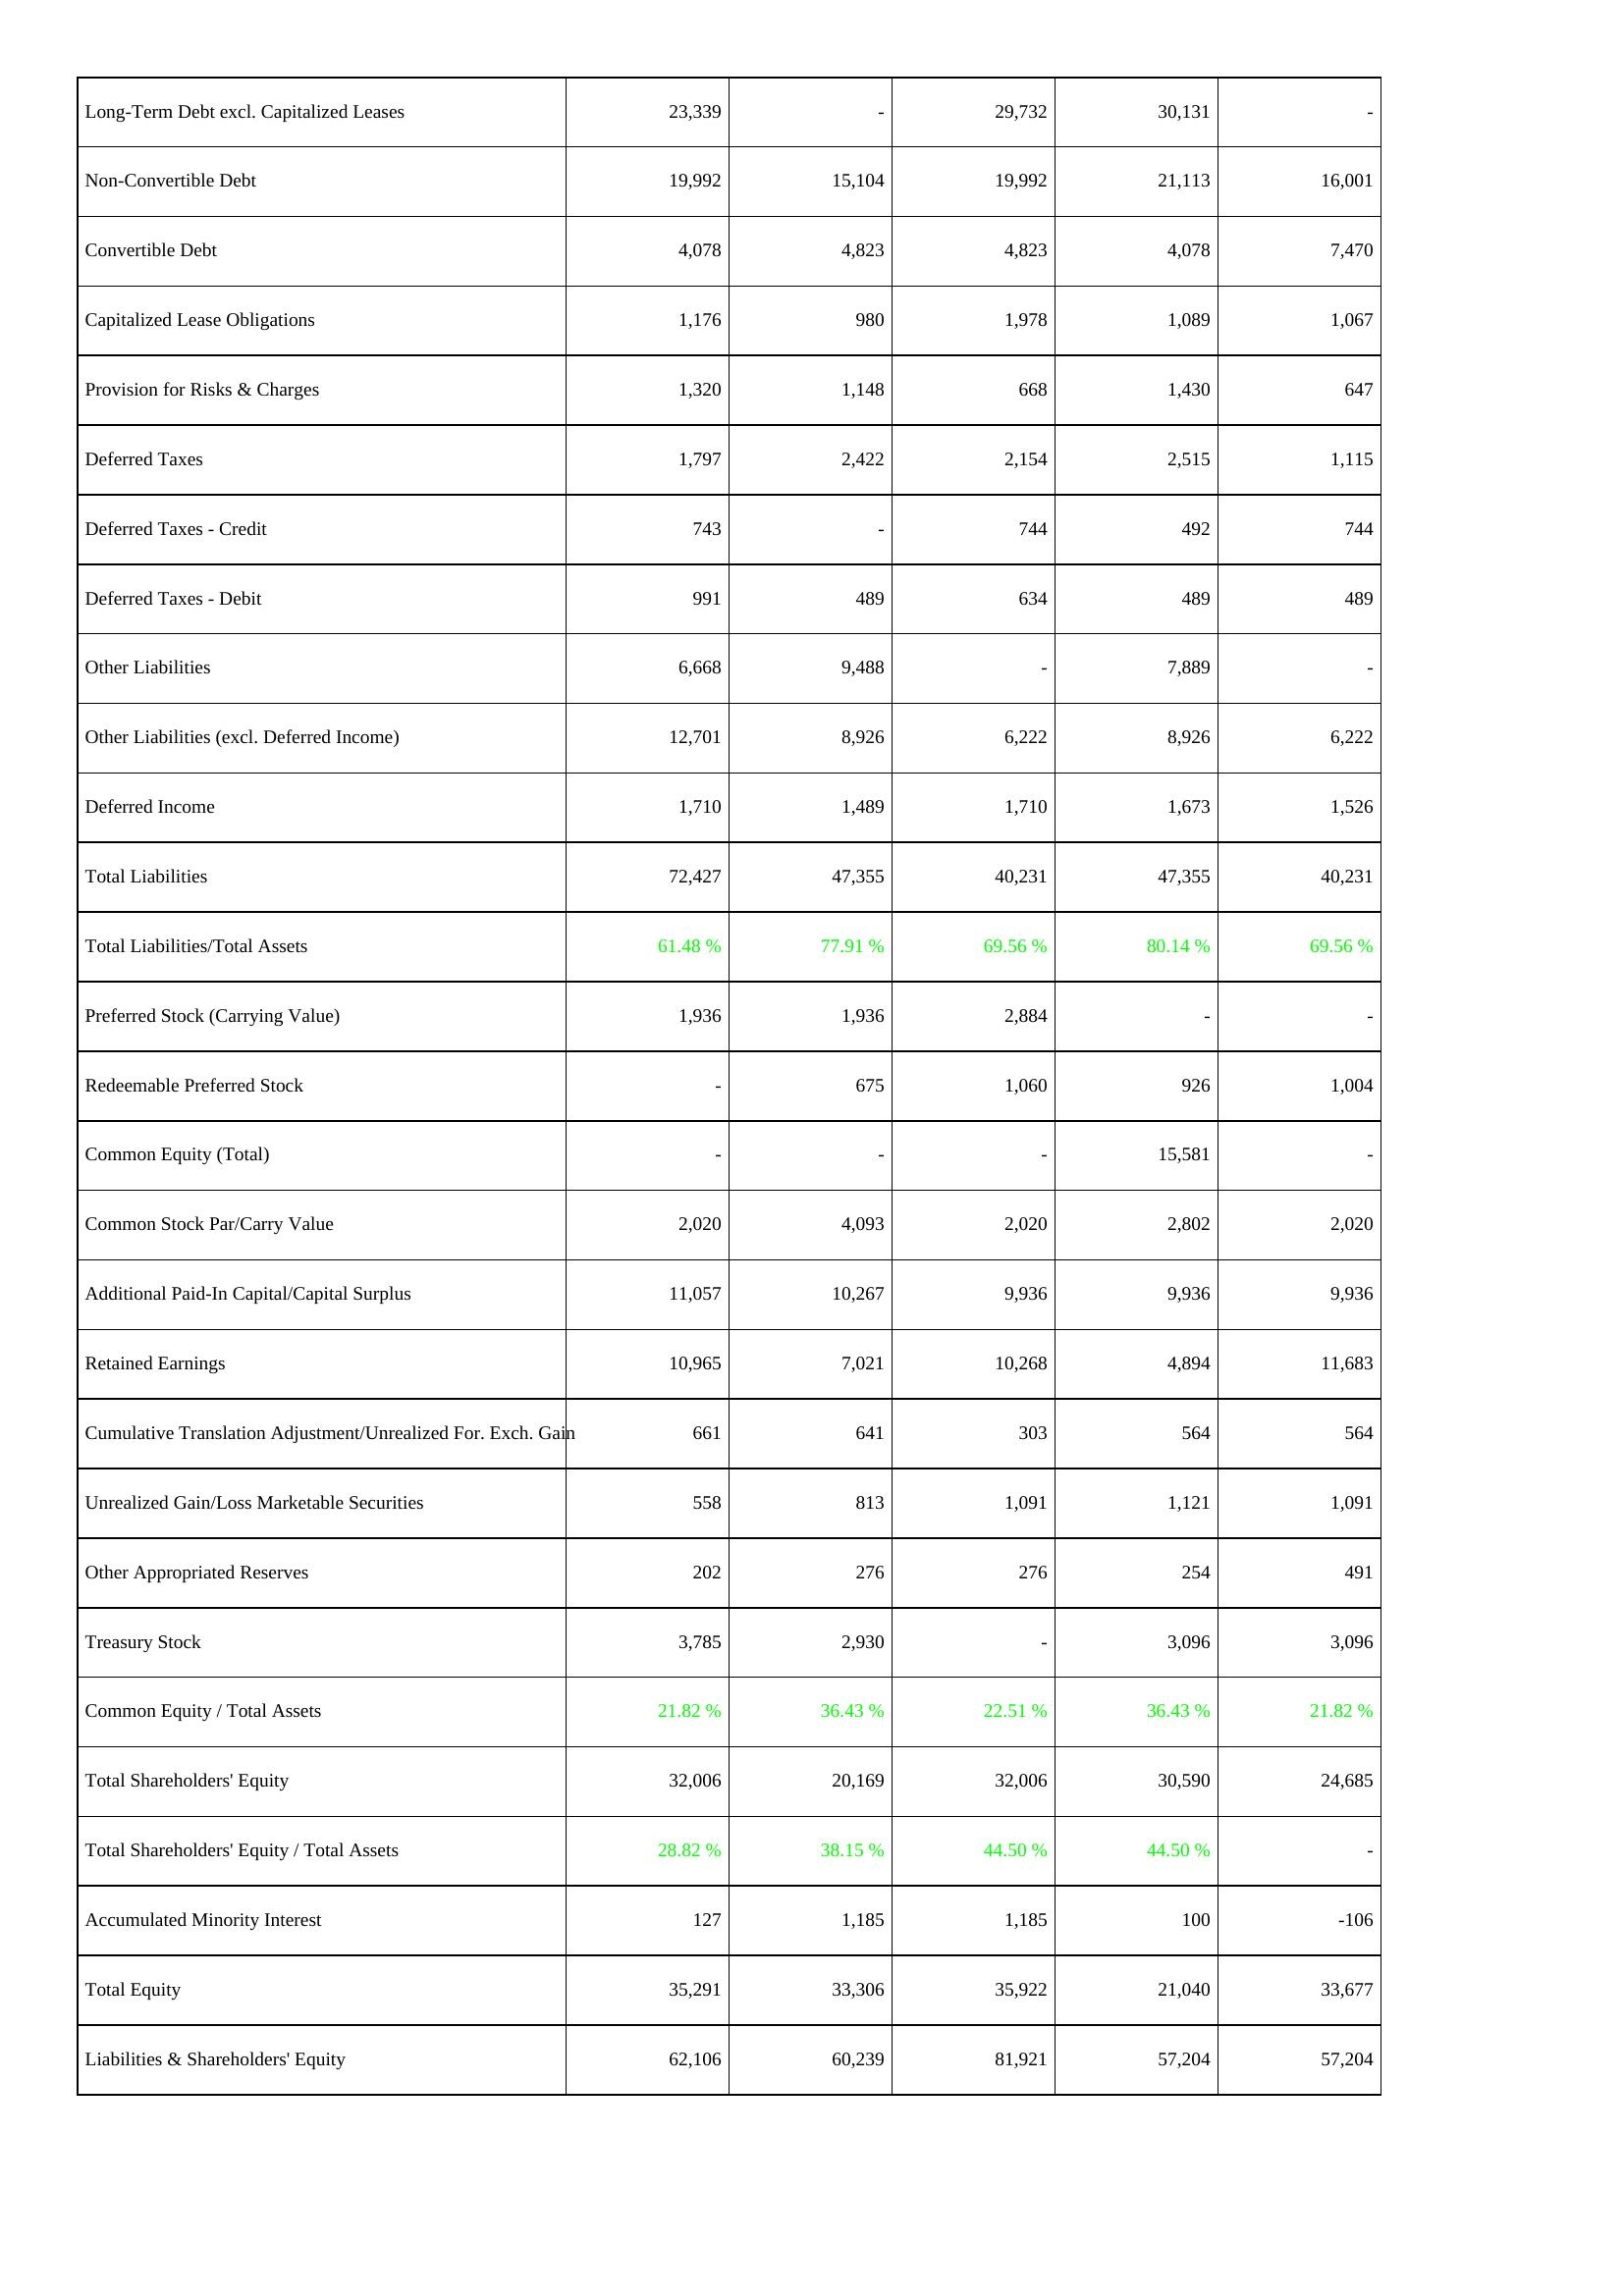
2025: Liabilities & Shareholders' Equity: Long-Term Debt excl. Capitalized Leases: 23,339
Non-Convertible Debt: 19,992
Convertible Debt: 4,078
Capitalized Lease Obligations: 1,176
Provision for Risks & Charges: 1,320
Deferred Taxes: 1,797
Deferred Taxes - Credit: 743
Deferred Taxes - Debit: 991
Other Liabilities: 6,668
Other Liabilities (excl. Deferred Income): 12,701
Deferred Income: 1,710
Total Liabilities: 72,427
Total Liabilities/Total Assets: 61.48 %
Preferred Stock (Carrying Value): 1,936
Redeemable Preferred Stock: -
Common Equity (Total): -
Common Stock Par/Carry Value: 2,020
Additional Paid-In Capital/Capital Surplus: 11,057
Retained Earnings: 10,965
Cumulative Translation Adjustment/Unrealized For. Exch. Gain: 661
Unrealized Gain/Loss Marketable Securities: 558
Other Appropriated Reserves: 202
Treasury Stock: 3,785
Common Equity / Total Assets: 21.82 %
Total Shareholders' Equity: 32,006
Total Shareholders' Equity / Total Assets: 28.82 %
Accumulated Minority Interest: 127
Total Equity: 35,291
Liabilities & Shareholders' Equity: 62,106
2024: Liabilities & Shareholders' Equity: Long-Term Debt excl. Capitalized Leases: -
Non-Convertible Debt: 15,104
Convertible Debt: 4,823
Capitalized Lease Obligations: 980
Provision for Risks & Charges: 1,148
Deferred Taxes: 2,422
Deferred Taxes - Credit: -
Deferred Taxes - Debit: 489
Other Liabilities: 9,488
Other Liabilities (excl. Deferred Income): 8,926
Deferred Income: 1,489
Total Liabilities: 47,355
Total Liabilities/Total Assets: 77.91 %
Preferred Stock (Carrying Value): 1,936
Redeemable Preferred Stock: 675
Common Equity (Total): -
Common Stock Par/Carry Value: 4,093
Additional Paid-In Capital/Capital Surplus: 10,267
Retained Earnings: 7,021
Cumulative Translation Adjustment/Unrealized For. Exch. Gain: 641
Unrealized Gain/Loss Marketable Securities: 813
Other Appropriated Reserves: 276
Treasury Stock: 2,930
Common Equity / Total Assets: 36.43 %
Total Shareholders' Equity: 20,169
Total Shareholders' Equity / Total Assets: 38.15 %
Accumulated Minority Interest: 1,185
Total Equity: 33,306
Liabilities & Shareholders' Equity: 60,239
2023: Liabilities & Shareholders' Equity: Long-Term Debt excl. Capitalized Leases: 29,732
Non-Convertible Debt: 19,992
Convertible Debt: 4,823
Capitalized Lease Obligations: 1,978
Provision for Risks & Charges: 668
Deferred Taxes: 2,154
Deferred Taxes - Credit: 744
Deferred Taxes - Debit: 634
Other Liabilities: -
Other Liabilities (excl. Deferred Income): 6,222
Deferred Income: 1,710
Total Liabilities: 40,231
Total Liabilities/Total Assets: 69.56 %
Preferred Stock (Carrying Value): 2,884
Redeemable Preferred Stock: 1,060
Common Equity (Total): -
Common Stock Par/Carry Value: 2,020
Additional Paid-In Capital/Capital Surplus: 9,936
Retained Earnings: 10,268
Cumulative Translation Adjustment/Unrealized For. Exch. Gain: 303
Unrealized Gain/Loss Marketable Securities: 1,091
Other Appropriated Reserves: 276
Treasury Stock: -
Common Equity / Total Assets: 22.51 %
Total Shareholders' Equity: 32,006
Total Shareholders' Equity / Total Assets: 44.50 %
Accumulated Minority Interest: 1,185
Total Equity: 35,922
Liabilities & Shareholders' Equity: 81,921
2022: Liabilities & Shareholders' Equity: Long-Term Debt excl. Capitalized Leases: 30,131
Non-Convertible Debt: 21,113
Convertible Debt: 4,078
Capitalized Lease Obligations: 1,089
Provision for Risks & Charges: 1,430
Deferred Taxes: 2,515
Deferred Taxes - Credit: 492
Deferred Taxes - Debit: 489
Other Liabilities: 7,889
Other Liabilities (excl. Deferred Income): 8,926
Deferred Income: 1,673
Total Liabilities: 47,355
Total Liabilities/Total Assets: 80.14 %
Preferred Stock (Carrying Value): -
Redeemable Preferred Stock: 926
Common Equity (Total): 15,581
Common Stock Par/Carry Value: 2,802
Additional Paid-In Capital/Capital Surplus: 9,936
Retained Earnings: 4,894
Cumulative Translation Adjustment/Unrealized For. Exch. Gain: 564
Unrealized Gain/Loss Marketable Securities: 1,121
Other Appropriated Reserves: 254
Treasury Stock: 3,096
Common Equity / Total Assets: 36.43 %
Total Shareholders' Equity: 30,590
Total Shareholders' Equity / Total Assets: 44.50 %
Accumulated Minority Interest: 100
Total Equity: 21,040
Liabilities & Shareholders' Equity: 57,204
2021: Liabilities & Shareholders' Equity: Long-Term Debt excl. Capitalized Leases: -
Non-Convertible Debt: 16,001
Convertible Debt: 7,470
Capitalized Lease Obligations: 1,067
Provision for Risks & Charges: 647
Deferred Taxes: 1,115
Deferred Taxes - Credit: 744
Deferred Taxes - Debit: 489
Other Liabilities: -
Other Liabilities (excl. Deferred Income): 6,222
Deferred Income: 1,526
Total Liabilities: 40,231
Total Liabilities/Total Assets: 69.56 %
Preferred Stock (Carrying Value): -
Redeemable Preferred Stock: 1,004
Common Equity (Total): -
Common Stock Par/Carry Value: 2,020
Additional Paid-In Capital/Capital Surplus: 9,936
Retained Earnings: 11,683
Cumulative Translation Adjustment/Unrealized For. Exch. Gain: 564
Unrealized Gain/Loss Marketable Securities: 1,091
Other Appropriated Reserves: 491
Treasury Stock: 3,096
Common Equity / Total Assets: 21.82 %
Total Shareholders' Equity: 24,685
Total Shareholders' Equity / Total Assets: -
Accumulated Minority Interest: -106
Total Equity: 33,677
Liabilities & Shareholders' Equity: 57,204